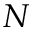
N